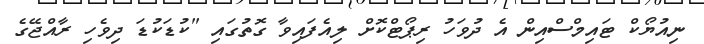
ނިއުޔޯކް ޓައިމްސްއިން އެ ދުވަހު ރިޕޯޓްކޮށް ލިއެފައިވާ ގޮތުގައި "ކުޑަަކުޑަ ދިވެހި ރާއްޖޭގެ